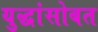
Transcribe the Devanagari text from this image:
युद्धांसोबत